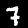
Label: 7